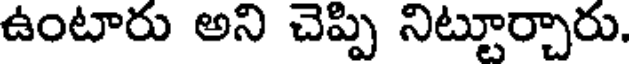
ఉంటారు అని చెప్పి నిట్టూర్చారు.